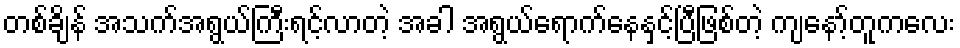
တစ်ချိန် အသက်အရွယ်ကြီးရင့်လာတဲ့ အခါ အရွယ်ရောက်နေနှင့်ပြီဖြစ်တဲ့ ကျနော့်တူကလေး